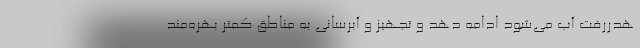
هدررفت آب می‌شود ادامه دهد و تجهیز و آبرسانی به مناطق کمتر بهره‌مند